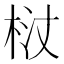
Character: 𭩻